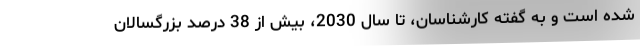
شده است و به گفته کارشناسان، تا سال 2030، بیش از 38 درصد بزرگسالان